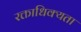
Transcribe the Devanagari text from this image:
रक्ताधिक्यता